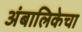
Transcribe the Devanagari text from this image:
अंबालिकेचा